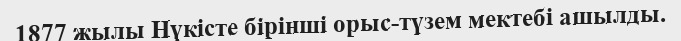
1877 жылы Нүкісте бірінші орыс-түзем мектебі ашылды.